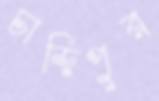
চান্দিপুর